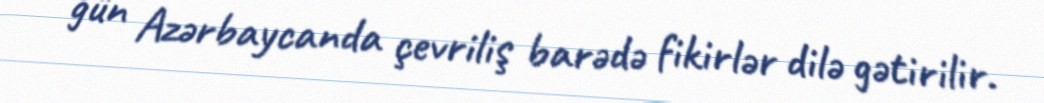
gün Azərbaycanda çevriliş barədə fikirlər dilə gətirilir.